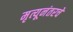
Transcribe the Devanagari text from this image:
मृत्यूनंतरचे